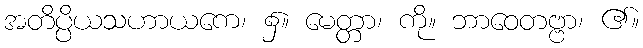
အတိပ္ပိယသဟာယကေ၊ ၌။ မေတ္တာ၊ ကို။ ဘာဝေတဗ္ဗာ၊ ၏။